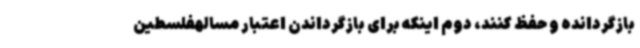
بازگردانده و حفظ کنند، دوم اینکه برای بازگرداندن اعتبار مسالهفلسطین